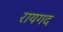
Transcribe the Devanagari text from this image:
रायगद